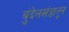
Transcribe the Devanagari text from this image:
बुंदेलखंडातून